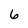
Character: 6